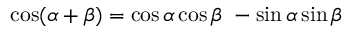
\cos ( \alpha + \beta ) = \cos \alpha \cos \beta \ - \sin \alpha \sin \beta